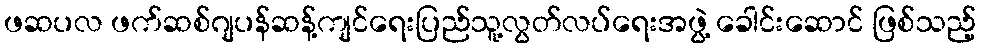
ဖဆပလ ဖက်ဆစ်ဂျပန်ဆန့်ကျင်ရေးပြည်သူ့လွတ်လပ်ရေးအဖွဲ့ ခေါင်းဆောင် ဖြစ်သည့်